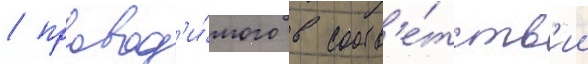
/ провод'и́мого в соотв'е́тств'ии